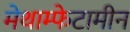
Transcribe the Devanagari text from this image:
मेथाम्फेटामीन